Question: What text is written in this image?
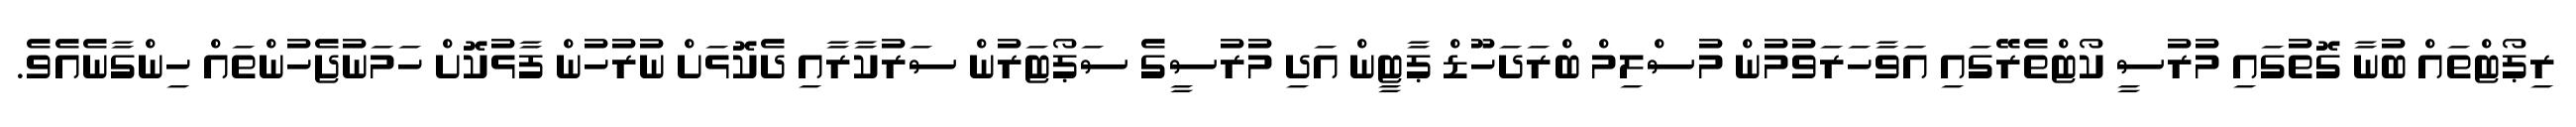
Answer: ރިޕޯޓްތައް ބުނާ ގޮތުގައި މުރުސީ ކޯޓްތެރޭގައި އަވާހަރަވުމުން މުސްލިމް ބްރަދަހޫޑް ޕާޓީން އަދި މުރުސީގެ ސަޕޯޓަރުން ސަރުކާރާއި ދެކޮޅަށް ނުރުހުން ފާޅުކޮށް ހަމަނުޖެހުންތައް ހިންގާނެއެވެ.